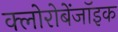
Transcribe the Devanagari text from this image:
क्लोरोबेंजॉइक